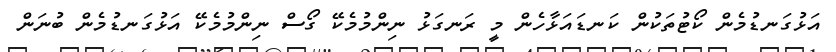
އަޅުގަނޑުމެން ކޯޓުތަކުން ކަނޑައަޅާހެން މީ ރަނގަޅު ނިންމުމެކޭ ގޯސް ނިންމުމެކޭ އަޅުގަނޑުމެން ބުނަން